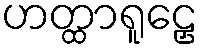
ဟတ္ထာရူဠှေ